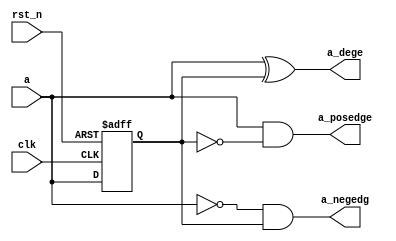
`timescale 1ns / 1ps
//****************************************VSCODE PLUG-IN**********************************//
//----------------------------------------------------------------------------------------
// IDE :                   VSCODE     
// VSCODE plug-in version: Verilog-Hdl-Format-2.6.20240622
// VSCODE plug-in author : Jiang Percy
//----------------------------------------------------------------------------------------
//****************************************Copyright (c)***********************************//
// Copyright(C)            WRZ
// All rights reserved     
// File name:              
// Last modified Date:     2024/07/11 14:40:44
// Last Version:           V1.0
// Descriptions:           
//----------------------------------------------------------------------------------------
// Created date:           2024/07/11 14:40:44
// mail      :             2350808537@qq.com
// Version:                V1.0
// TEXT NAME:              edge_test.v
// PATH:                   G:\_FPGA\6.edge_test\rtl\edge_test.v
// Descriptions:           
//                         
//----------------------------------------------------------------------------------------
//****************************************************************************************//

module edge_test(
    input                               clk                        ,
    input                               rst_n                      ,
    input a,

    output a_posedge,
    output a_negedg,
    output a_dege
);

//define reg
reg a_dly;

    always @(posedge clk or negedge rst_n)           
        begin                                        
            if(!rst_n)                               
                a_dly <= 1'b0;                                                           
            else                                     
            a_dly <= a;
        end 
                                            
    assign a_posedge = a&~a_dly;
    assign a_negedg = ~a&a_dly;
    assign a_dege = a^a_dly;
                                                                   
                                                                   
endmodule